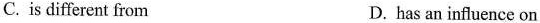
C. is different from D. has an influence on